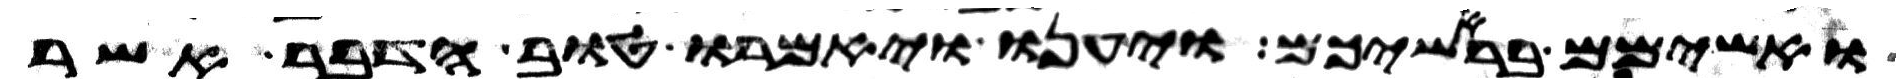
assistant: ואשימם בראשיכם ויענו ויאמרו טוב הדבר אשר